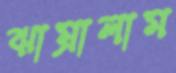
ঝাম্‌রালাম